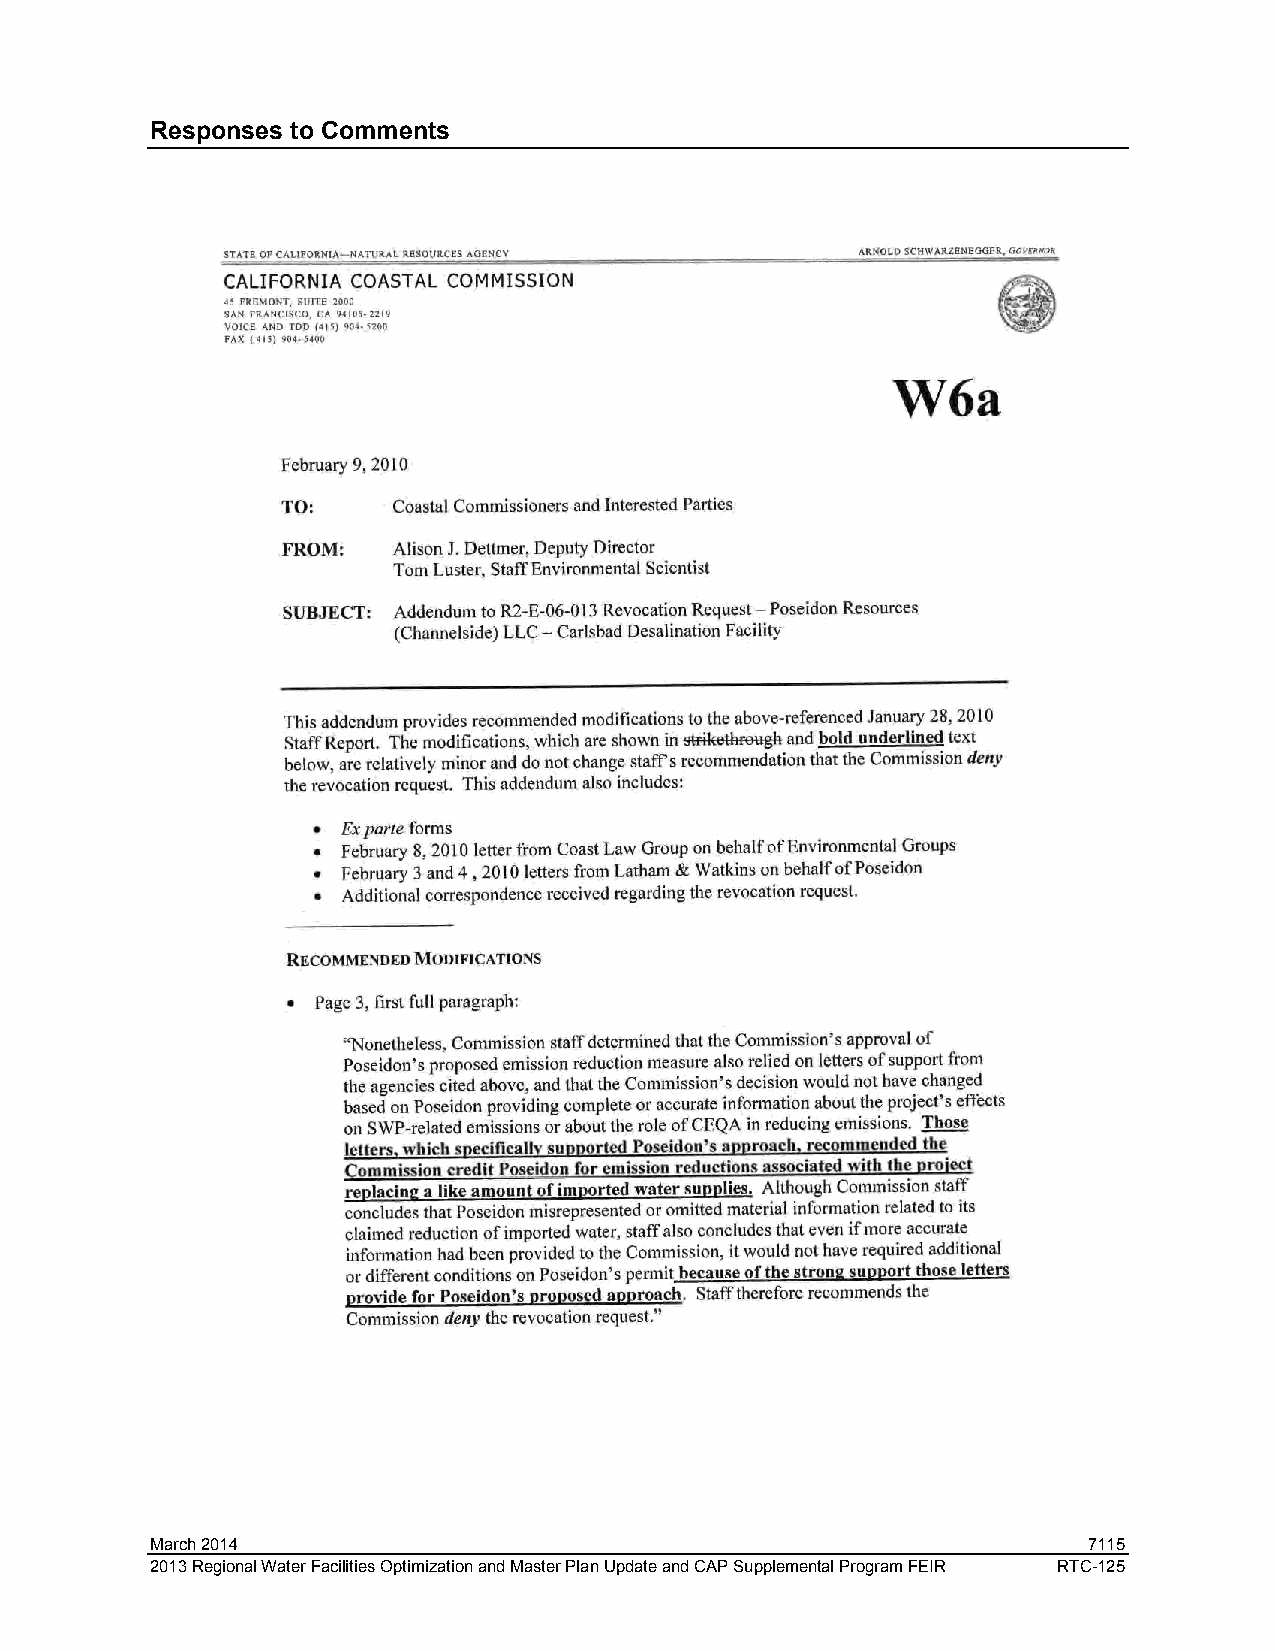
Responses to Comments
 March 2014                                                    7115
 2013 Regional Water Facilities Optimization and Master Plan Update and CAP Supplemental Program FEIR RTC-125